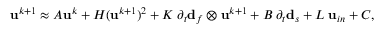
\mathbf { u } ^ { k + 1 } \approx A \mathbf { u } ^ { k } + H ( \mathbf { u } ^ { k + 1 } ) ^ { 2 } + K \; \partial _ { t } \mathbf { d } _ { f } \otimes \mathbf { u } ^ { k + 1 } + B \; \partial _ { t } \mathbf { d } _ { s } + L \; \mathbf { u } _ { i n } + C ,